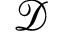
\mathcal { D }